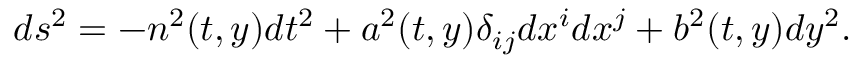
d s ^ { 2 } = - n ^ { 2 } ( t , y ) d t ^ { 2 } + a ^ { 2 } ( t , y ) \delta _ { i j } d x ^ { i } d x ^ { j } + b ^ { 2 } ( t , y ) d y ^ { 2 } .